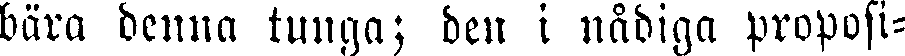
bära denna tunga; den i nådiga proposi-